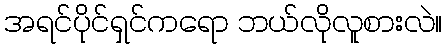
အရင်ပိုင်ရှင်ကရော ဘယ်လိုလူစားလဲ။